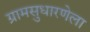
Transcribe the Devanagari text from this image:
ग्रामसुधारणेला